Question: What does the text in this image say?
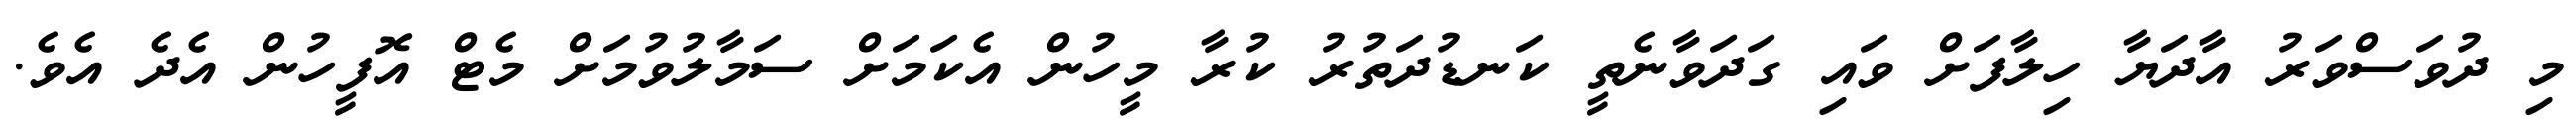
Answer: މި ދުވަސްވަރު އާދަޔާ ހިލާފަށް ވައި ގަދަވާނެތީ ކަނޑުދަތުރު ކުރާ މީހުން އެކަމަށް ސަމާލުވުމަށް މެޓް އޮފީހުން އެދެ އެވެ.